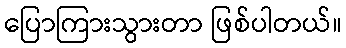
ပြောကြားသွားတာ ဖြစ်ပါတယ်။